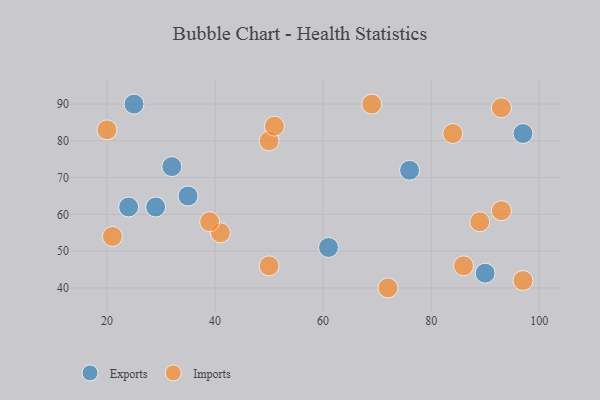
{"axis": {"x": "GDP", "y": "Life Expectancy"}, "legend": ["Exports", "Imports"], "data": [{"x": "61", "y": 51, "type": "Exports"}, {"x": "90", "y": 44, "type": "Exports"}, {"x": "24", "y": 62, "type": "Exports"}, {"x": "32", "y": 73, "type": "Exports"}, {"x": "76", "y": 72, "type": "Exports"}, {"x": "35", "y": 65, "type": "Exports"}, {"x": "25", "y": 90, "type": "Exports"}, {"x": "29", "y": 62, "type": "Exports"}, {"x": "97", "y": 82, "type": "Exports"}, {"x": "89", "y": 58, "type": "Imports"}, {"x": "50", "y": 46, "type": "Imports"}, {"x": "72", "y": 40, "type": "Imports"}, {"x": "84", "y": 82, "type": "Imports"}, {"x": "50", "y": 80, "type": "Imports"}, {"x": "41", "y": 55, "type": "Imports"}, {"x": "51", "y": 84, "type": "Imports"}, {"x": "21", "y": 54, "type": "Imports"}, {"x": "93", "y": 89, "type": "Imports"}, {"x": "69", "y": 90, "type": "Imports"}, {"x": "93", "y": 61, "type": "Imports"}, {"x": "86", "y": 46, "type": "Imports"}, {"x": "97", "y": 42, "type": "Imports"}, {"x": "20", "y": 83, "type": "Imports"}, {"x": "39", "y": 58, "type": "Imports"}]}